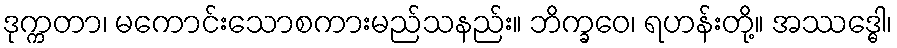
ဒုက္ကတာ၊ မကောင်းသောစကားမည်သနည်း။ ဘိက္ခဝေ၊ ရဟန်းတို့။ အဿဒ္ဓေါ၊